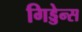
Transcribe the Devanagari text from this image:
गिड्डेन्स